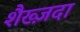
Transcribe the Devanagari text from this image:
शैख्ज़दा